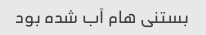
بستنی هام آب شده بود